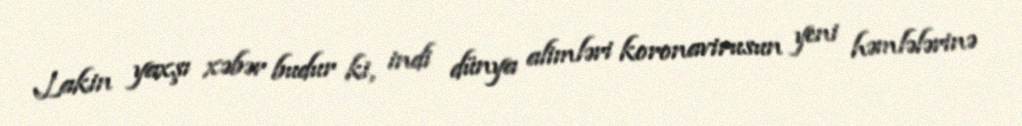
Lakin yaxşı xəbər budur ki, indi dünya alimləri koronavirusun yeni həmlələrinə